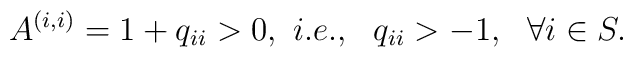
A^{(i,i)} = 1 + q_{ii} > 0, \ i.e.,\ \ q_{ii}>-1,\ \ \forall i \in S.